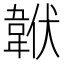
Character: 𩎧